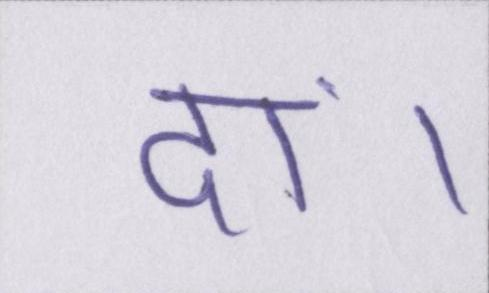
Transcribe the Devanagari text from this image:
दां।